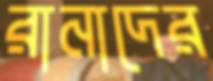
রানাদের